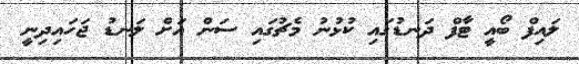
ލައިފް ބޯއީ ޓާފް ދަނޑުގައި ކުޅުނު މެޗުގައި ސަން އަށް ލަނޑު ޖަހައިދިނީ